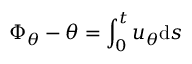
\Phi _ { \theta } - \theta = \int _ { 0 } ^ { t } u _ { \theta } \mathrm { d } s